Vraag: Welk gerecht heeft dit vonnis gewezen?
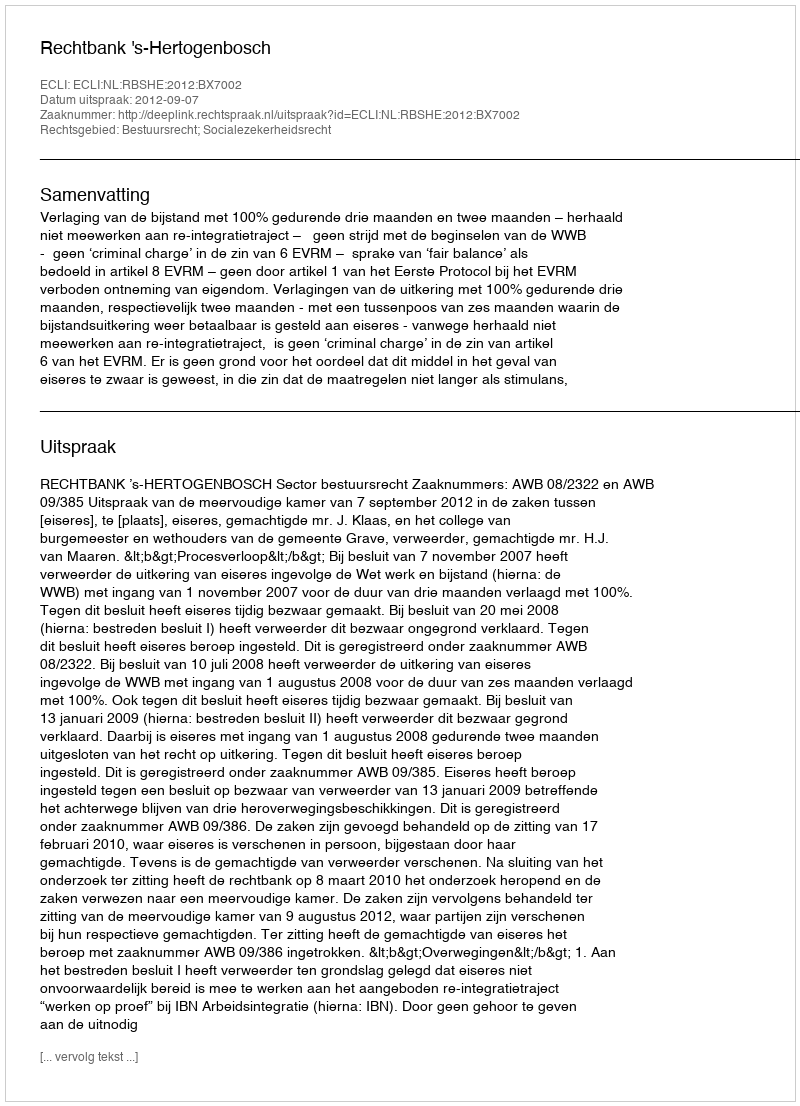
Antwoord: Rechtbank 's-Hertogenbosch